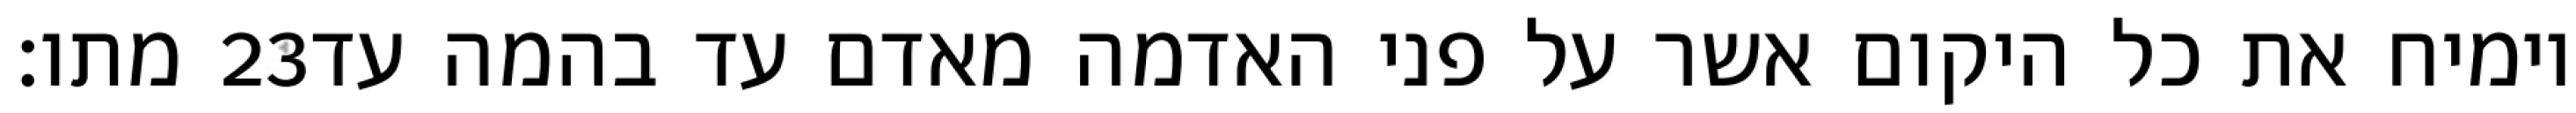
מתו׃ ‎23‏ וימיח את כל היקום אשר על פני האדמה מאדם עד בהמה עד